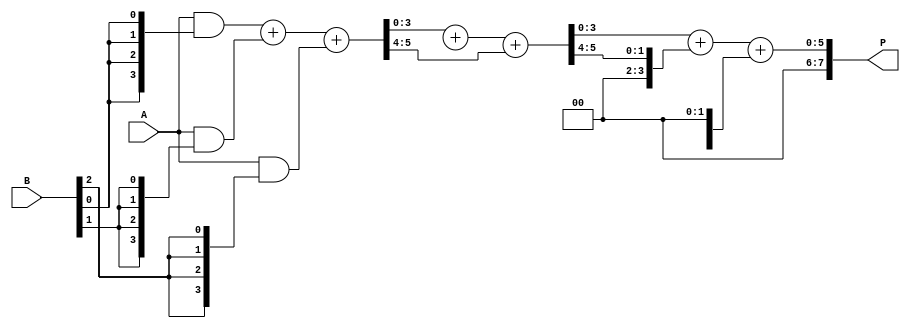
module WallaceTreeMultiplier #(parameter N = 4) (
    input  wire [N-1:0] A,
    input  wire [N-1:0] B,
    output wire [2*N-1:0] P
);

    // Partial product generation
    wire [N-1:0] pp [0:N-1]; // Partial products
    genvar i, j;
    generate
        for (i = 0; i < N; i = i + 1) begin : pp_gen
            assign pp[i] = A & {N{B[i]}};
        end
    endgenerate

    // Wallace Tree Structure
    wire [N-1:0] sum [0:N-1]; // Sums from CSAs
    wire [N-1:0] carry [0:N-1]; // Carries from CSAs

    // First level of CSAs
    generate
        for (i = 0; i < N-1; i = i + 1) begin : CSA_level1
            if (i % 3 == 0) begin
                assign {carry[i], sum[i]} = pp[i] + pp[i+1] + pp[i+2];
            end
        end
    endgenerate

    // Second level of CSAs
    wire [N-1:0] sum2 [0:N-1];
    wire [N-1:0] carry2 [0:N-1];
    generate
        for (i = 0; i < (N+2)/3; i = i + 1) begin : CSA_level2
            if (i % 2 == 0) begin
                assign {carry2[i], sum2[i]} = sum[i] + sum[i+1] + carry[i];
            end
        end
    endgenerate

    // Final addition stage
    wire [2*N-1:0] final_sum;
    wire [2*N-1:0] final_carry;

    assign final_sum = sum2[0] + carry2[0];
    assign final_carry = carry2[1];

    // Final product
    assign P = final_sum + final_carry;

endmodule